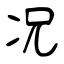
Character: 况